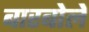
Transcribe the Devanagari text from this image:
बारबोले